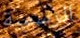
الرسمية